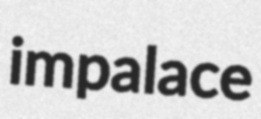
impalace